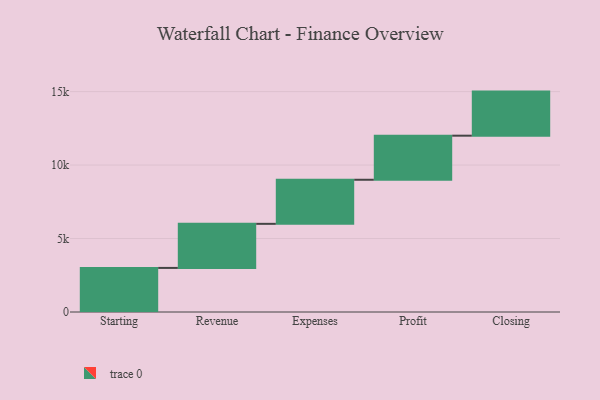
{"axis": {"x": "Step", "y": "Value"}, "legend": [""], "data": [{"x": "Starting", "y": 3000, "type": ""}, {"x": "Revenue", "y": 3000, "type": ""}, {"x": "Expenses", "y": 3000, "type": ""}, {"x": "Profit", "y": 3000, "type": ""}, {"x": "Closing", "y": 3000, "type": ""}]}